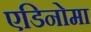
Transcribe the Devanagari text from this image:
एडिनोमा